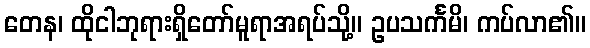
တေန၊ ထိုငါဘုရားရှိတော်မူရာအရပ်သို့။ ဥပသင်္ကမိ၊ ကပ်လာ၏။